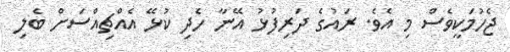
ޖެހުމަކީވެސް މި އެވެ. ރައުގެ ދަރިފުޅު އޭނާ ހެދި ކުޅޭ އެއްޗިއްސަށް ބެލި